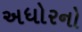
અધોરનો